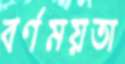
বর্ণময়তা